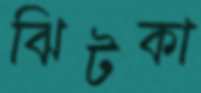
ঝিটকা